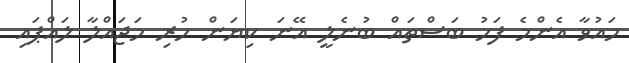
މައުވާ އެންމެ ފަހު ބަސްތައް ބުނެލީ އޭނަ ކިޔަން ހުރި މަޖައްލާ ލައްޕައި